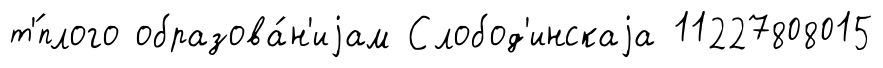
т'́плого образова́н'иjам Слобод'инскаjа 11227808015